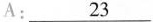
A:\underline{23}